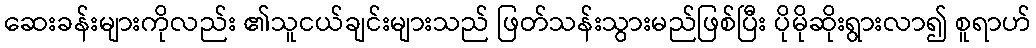
ဆေးခန်းများကိုလည်း ၏သူငယ်ချင်းများသည် ဖြတ်သန်းသွားမည်ဖြစ်ပြီး ပိုမိုဆိုးရွားလာ၍ စူရာဟ်